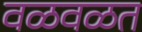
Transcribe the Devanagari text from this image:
वळवळत